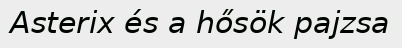
Asterix és a hősök pajzsa